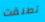
تطلقت